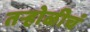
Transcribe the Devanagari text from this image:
तऱ्होळीचं